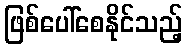
ဖြစ်ပေါ်စေနိုင်သည့်